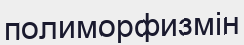
полиморфизмін